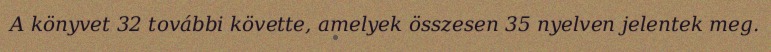
A könyvet 32 további követte, amelyek összesen 35 nyelven jelentek meg.